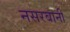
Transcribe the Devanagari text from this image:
नसरबानी